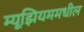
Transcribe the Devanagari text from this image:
म्यूझियममधील